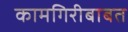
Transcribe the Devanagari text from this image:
कामगिरीबाबत